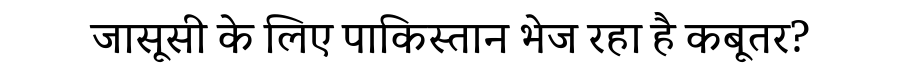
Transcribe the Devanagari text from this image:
जासूसी के लिए पाकिस्तान भेज रहा है कबूतर?